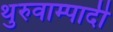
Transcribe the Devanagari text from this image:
थुरुवाम्पादी